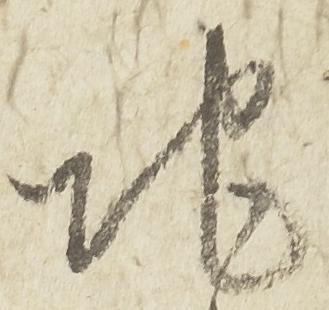
地